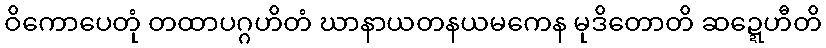
ဝိကောပေတုံ တထာပဂ္ဂဟိတံ ဃာနာယတနယမကေန မုဒိတောတိ ဆဍ္ဍေဟီတိ